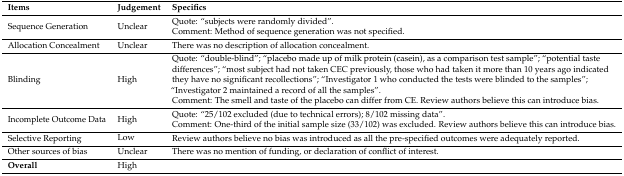
| Items | Judgement | Specifics |
 | --- | --- | --- |
 | Sequence Generation | Unclear | Quote: “subjects were randomly divided”. Comment: Method of sequence generation was not specified. |
 | Allocation Concealment | Unclear | There was no description of allocation concealment. |
 | Blinding | High | Quote: “double-blind”; “placebo made up of milk protein (casein), as a comparison test sample”; “potential taste differences”; “most subject had not taken CEC previously, those who had taken it more than 10 years ago indicated they have no significant recollections”; “Investigator 1 who conducted the tests were blinded to the samples”; “Investigator 2 maintained a record of all the samples”. Comment: The smell and taste of the placebo can differ from CE. Review authors believe this can introduce bias. |
 | Incomplete Outcome Data | High | Quote: “25/102 excluded (due to technical errors); 8/102 missing data”. Comment: One-third of the initial sample size (33/102) was excluded. Review authors believe this can introduce bias. |
 | Selective Reporting | Low | Review authors believe no bias was introduced as all the pre-specified outcomes were adequately reported. |
 | Other sources of bias | Unclear | There was no mention of funding, or declaration of conflict of interest. |
 | Overall | High |  |